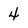
Character: 4